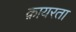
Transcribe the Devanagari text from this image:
क़ायरता